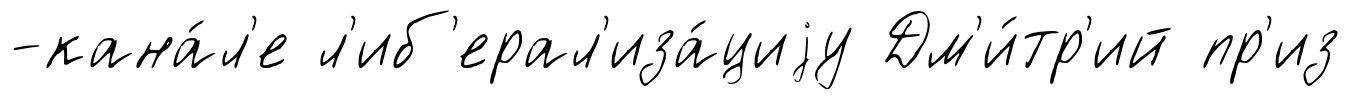
-кана́л'е л'иб'ерал'иза́циjу Дм'и́тр'ий пр'из